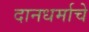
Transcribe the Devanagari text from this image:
दानधर्माचे